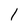
Character: 1